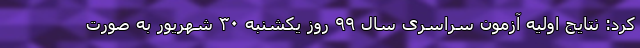
کرد: نتایج اولیه آزمون سراسری سال ۹۹ روز یکشنبه ۳۰ شهریور به صورت